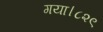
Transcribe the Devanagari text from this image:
गया।८२९